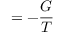
= - { \frac { G } { T } }